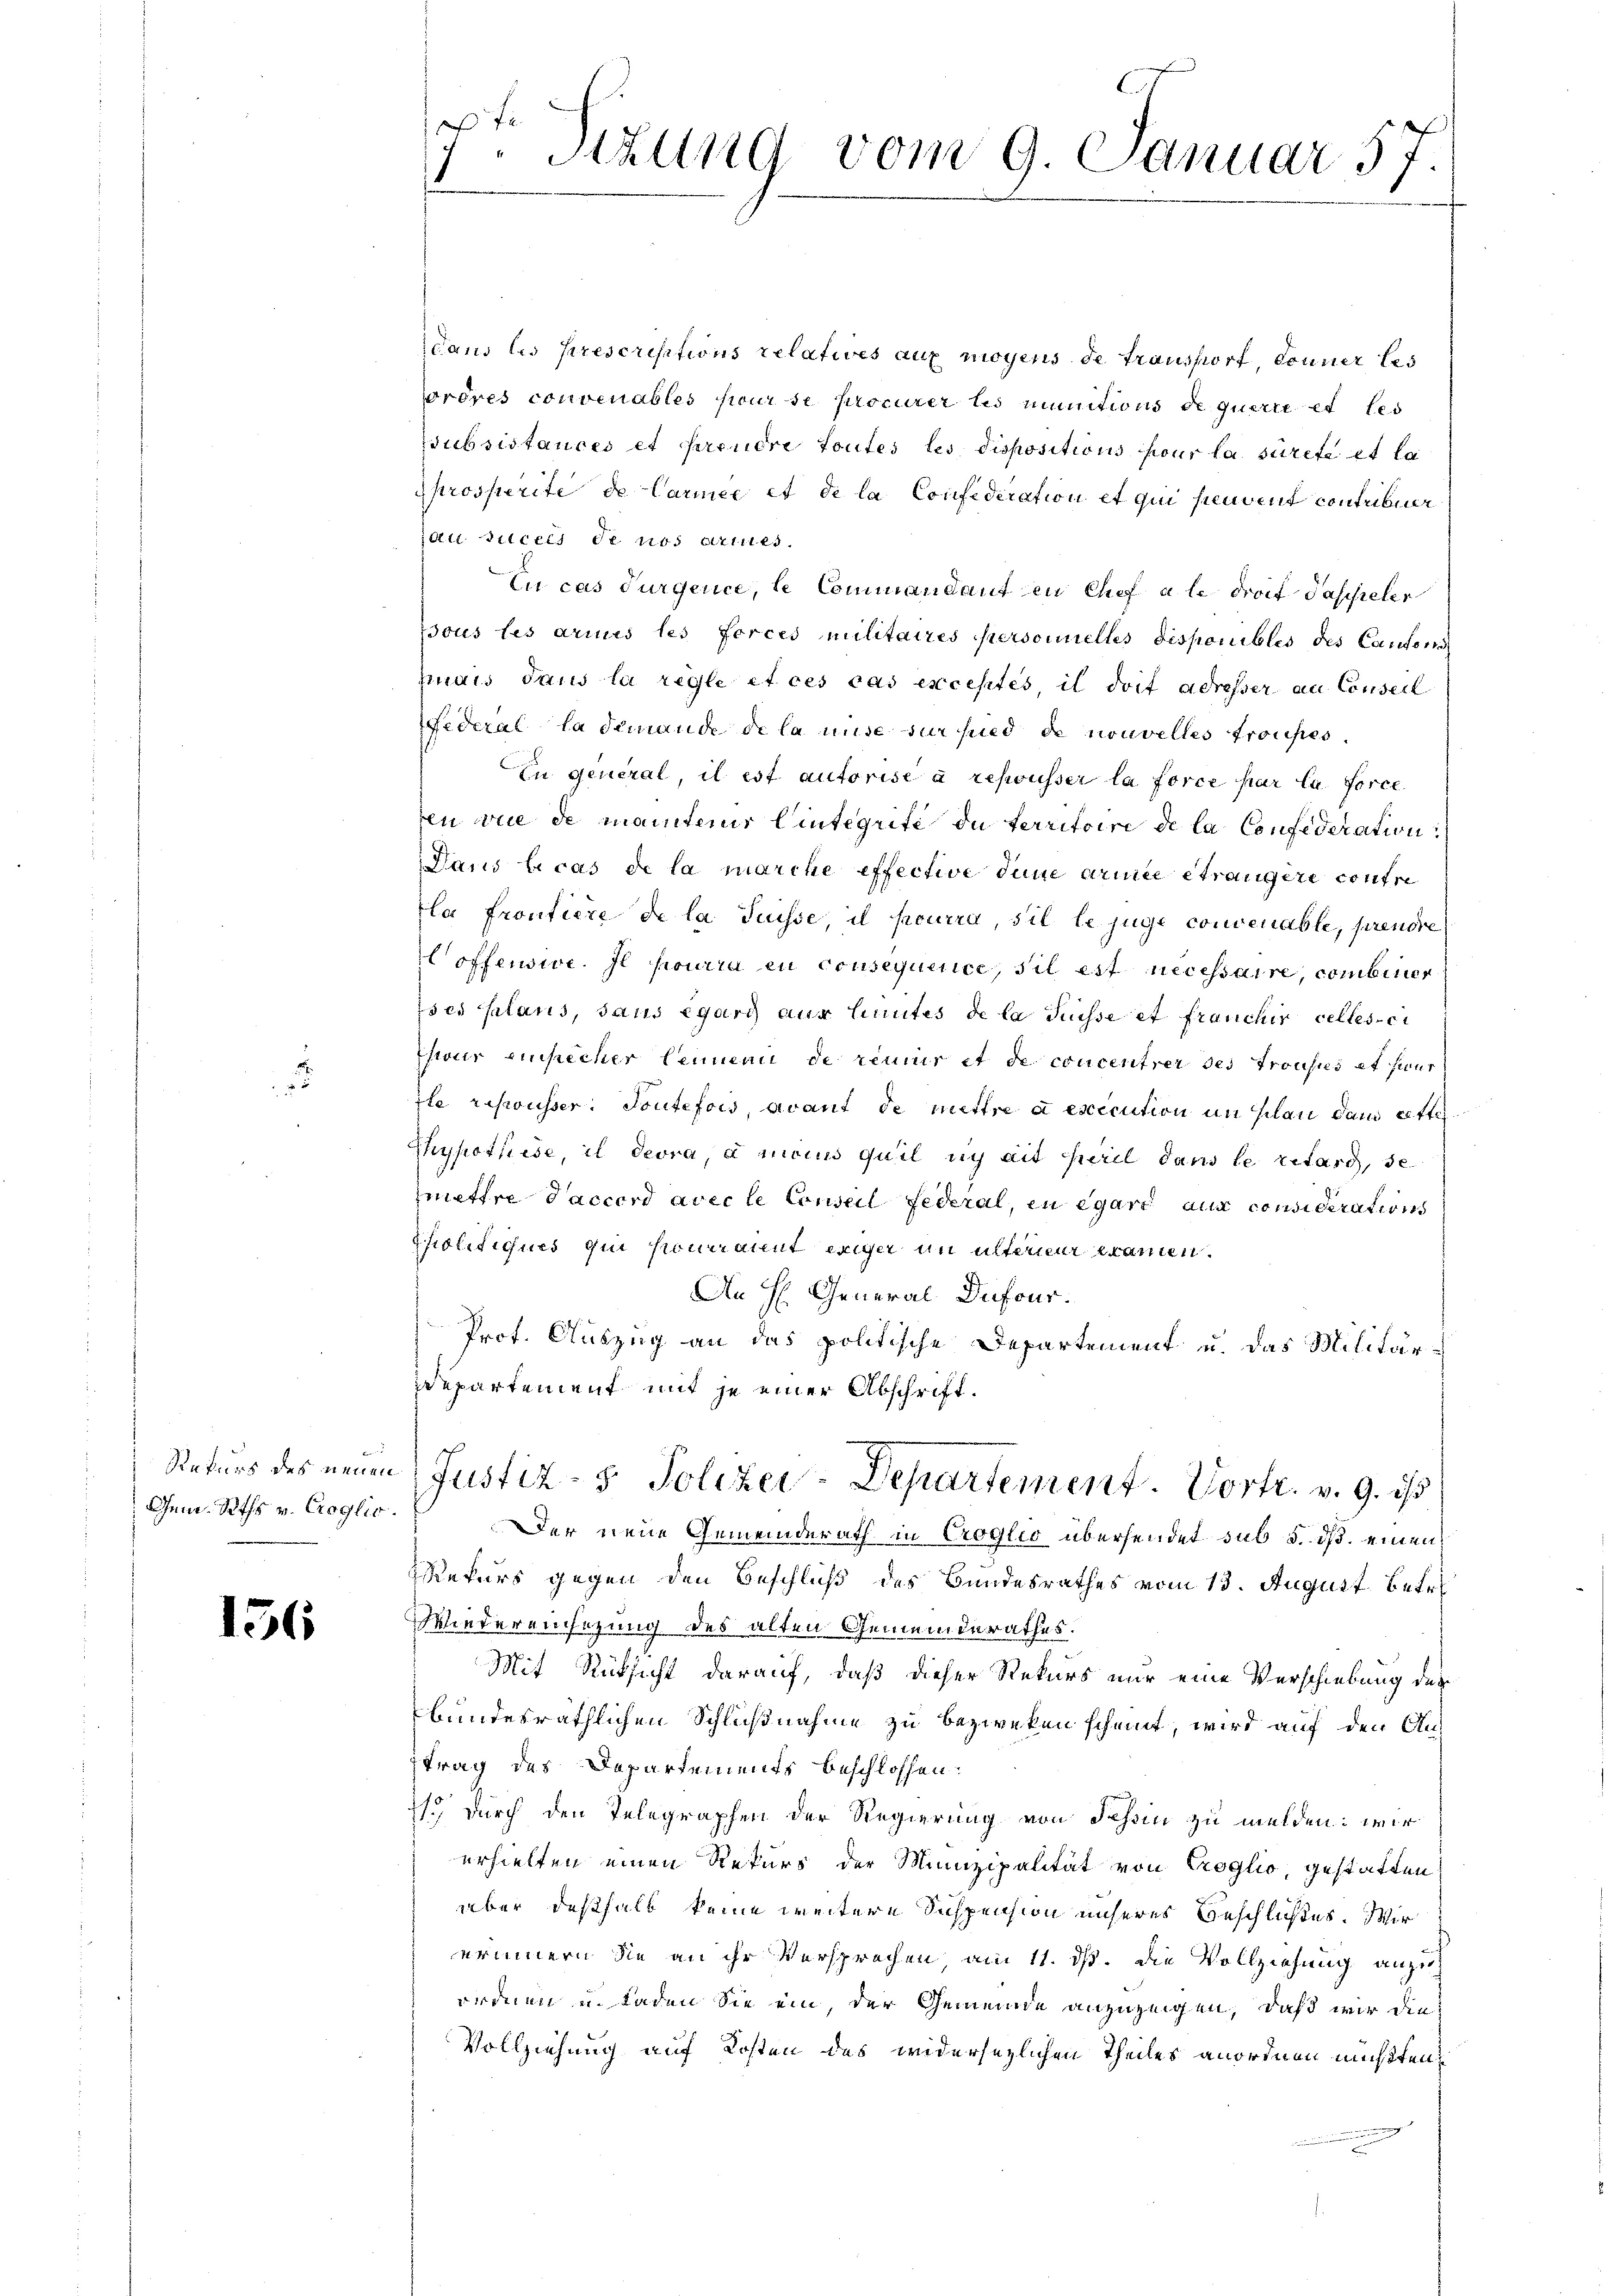
3

Gem. Raths v. Croglio.

156

dans les prescrisitions relatives auf mögens de transport, donner les
orères convenables pour se procurer les munitions de querre et les
Subsistances et ferendre toutes les dispositions pour la sûreté et la
prosperite de Carmee et de la Confederation et qui peuvent contribuer
at Sittels de nos arties.
En cas Turgence, le Commandant en Chef à le droif Tasseler
Tous les armes les forces militaires Personelles disponibles des Cantons
mais dans la regle et ces cas exceptés, il doit adresser au Conseil
Federal la demande de la mise für sind de nouvelles trouses,
In general, il est autorise à repousser la force par la force
ren wie de manters Wintegrité de territoire de la Confederation
Dans le cas de la marche effective dene armee etrangere contre
la Frontiere de la Suisse, il pourra sie le juge convenable, prendre
offensie. Il pourra en consequenice, sil est necessaire, combinier
ises Plans, dans Egard nur hinutes de la susse et franchir celles ei
Iseur einsicher leinen de renner et de concentrer des trousses et fur
zle respousser. Toutefois, avant de mittre à execution in plan dans cette
Chypothese, il devra, à moins quil y ait peril dans le retard, se
mettre Saccord avec le Conseil Federal, en egart aux considerations
Politiques qui pourraient exiger in unterner kamen.
An H. General-Dufour.
Prot. Auszug an das politische Departement u. das Militär¬
Departement mit je einer Abschrift¬
Rekurs des neuen Justiz- & Polizey-Departement. Vortr. v. 9. ist
Der neue Gemeinderath in Croglio übersendet sub 5. dß. einen
Rekurs gegen den Beschluß des Bundesrathes vom 13. August betr.
Wiedereinsetzung des alten Gemeinderathes.
Mit Rücksicht darauf, daß dieser Rekurs nur eine Verschiebung des
bundesräthlichen Schlußnahme zu bezweken scheint, wird auf den Antrag des Departements beschlossen:
) durch den Telegraphen der Regierung von Schin zu melden: wir
erhielten einen Rekurs der Munizipalität von Croglio, gestatten,
über deßhalb keine weitere Inspension unseres Beschlußes. Wir
erinnern die an ihr Versprochen am 11. ds. die Vollziehung anzuh
ordnen u. Laden Sie ein, der Gemeinde anzuzeigen, daß wir die
Vollziehung auf Kosten des widersezlichen Theiles anordnen mußten,

1
Sitzung vom 9. Januar 57.
1